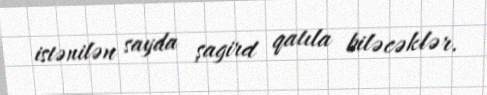
istənilən sayda şagird qatıla biləcəklər.